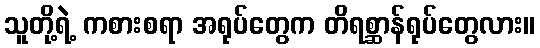
သူတို့ရဲ့ ကစားစရာ အရုပ်တွေက တိရစ္ဆာန်ရုပ်တွေလား။